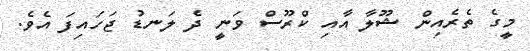
މީގެ ތެރެއިން ޝޫލާ އާއި ކްރޫސް ވަނީ ދެ ލަނޑު ޖަހައިފަ އެވެ.